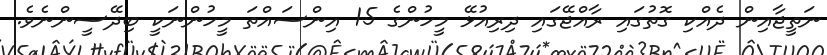
ނަތީޖާއިން ދެއްކި ގޮތުގައި ރާއްޖޭގައި ދިރިއުޅޭ މީހުންގެ 15 އިންސައްތަ މީހުންނަކީ ބިދޭސީންނެވެ.